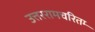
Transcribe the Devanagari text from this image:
उत्तररामचरितम्‍